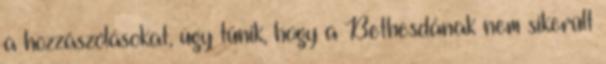
a hozzászólásokat, úgy tűnik, hogy a Bethesdának nem sikerült